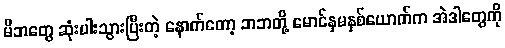
မိဘတွေ ဆုံးပါးသွားပြီးတဲ့ နောက်တော့ ဘဘတို့ မောင်နှမနှစ်ယောက်က အဲဒါတွေကို